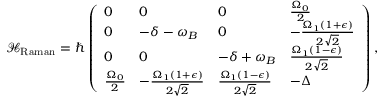
\mathcal { H } _ { \mathrm { R a m a n } } = \hbar \left( \begin{array} { l l l l } { 0 } & { 0 } & { 0 } & { \frac { \Omega _ { 0 } } { 2 } } \\ { 0 } & { - \delta - \omega _ { B } } & { 0 } & { - \frac { \Omega _ { 1 } ( 1 + \epsilon ) } { 2 \sqrt { 2 } } } \\ { 0 } & { 0 } & { - \delta + \omega _ { B } } & { \frac { \Omega _ { 1 } ( 1 - \epsilon ) } { 2 \sqrt { 2 } } } \\ { \frac { \Omega _ { 0 } } { 2 } } & { - \frac { \Omega _ { 1 } ( 1 + \epsilon ) } { 2 \sqrt { 2 } } } & { \frac { \Omega _ { 1 } ( 1 - \epsilon ) } { 2 \sqrt { 2 } } } & { - \Delta } \end{array} \right) ,